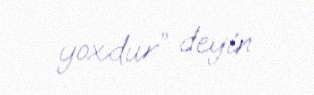
yoxdur” deyin.